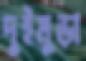
দুইমুড়া